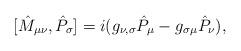
LaTeX: \begin{align*}\lbrack \hat{M}_{\mu \nu },\hat{P}_{\sigma }]=i(g_{\nu ,\sigma }\hat{P}_{\mu}-g_{\sigma \mu }\hat{P}_{\nu }),\end{align*}